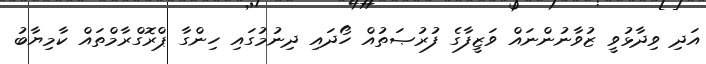
އަދި ވިދާޅުވީ ޒުވާނުންނައް ވަޒީފާގެ ފުރުޞަތުއް ހޯދައި ދިނުމުގައި ހިންގާ ޕްރޮގްރާމްތައް ކާމިޔާބު